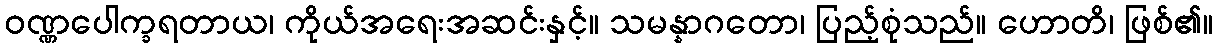
ဝဏ္ဏပေါက္ခရတာယ၊ ကိုယ်အရေးအဆင်းနှင့်။ သမန္နာဂတော၊ ပြည့်စုံသည်။ ဟောတိ၊ ဖြစ်၏။